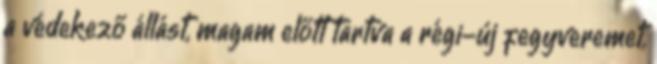
a védekező állást, magam előtt tartva a régi-új fegyveremet,